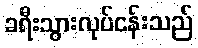
ခရီးသွားလုပ်ငန်းသည်